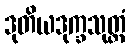
ဒုတိယဒုက္ခသုတ္တံ